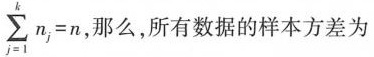
$$\sum_{j=1}^{k}n_{j}=n$$ ,那么，所有数据的样本方差为